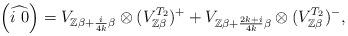
LaTeX: \begin{align*}\left(\widehat{i\ 0}\right)=V_{\mathbb{Z}\beta+\frac{i}{4k}\beta}\otimes(V_{\mathbb{Z}\beta}^{T_{2}})^{+}+V_{\mathbb{Z}\beta+\frac{2k+i}{4k}\beta}\otimes(V_{\mathbb{Z}\beta}^{T_{2}})^{-},\end{align*}